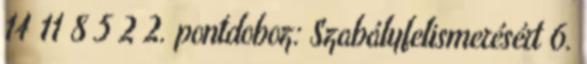
14 11 8 5 2 2. pontdoboz: Szabályfelismerésért 6.